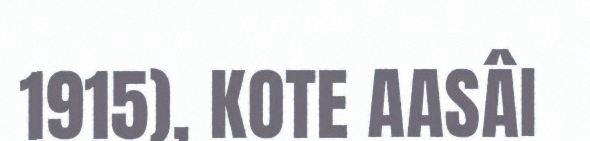
1915), KOTE AASÂI